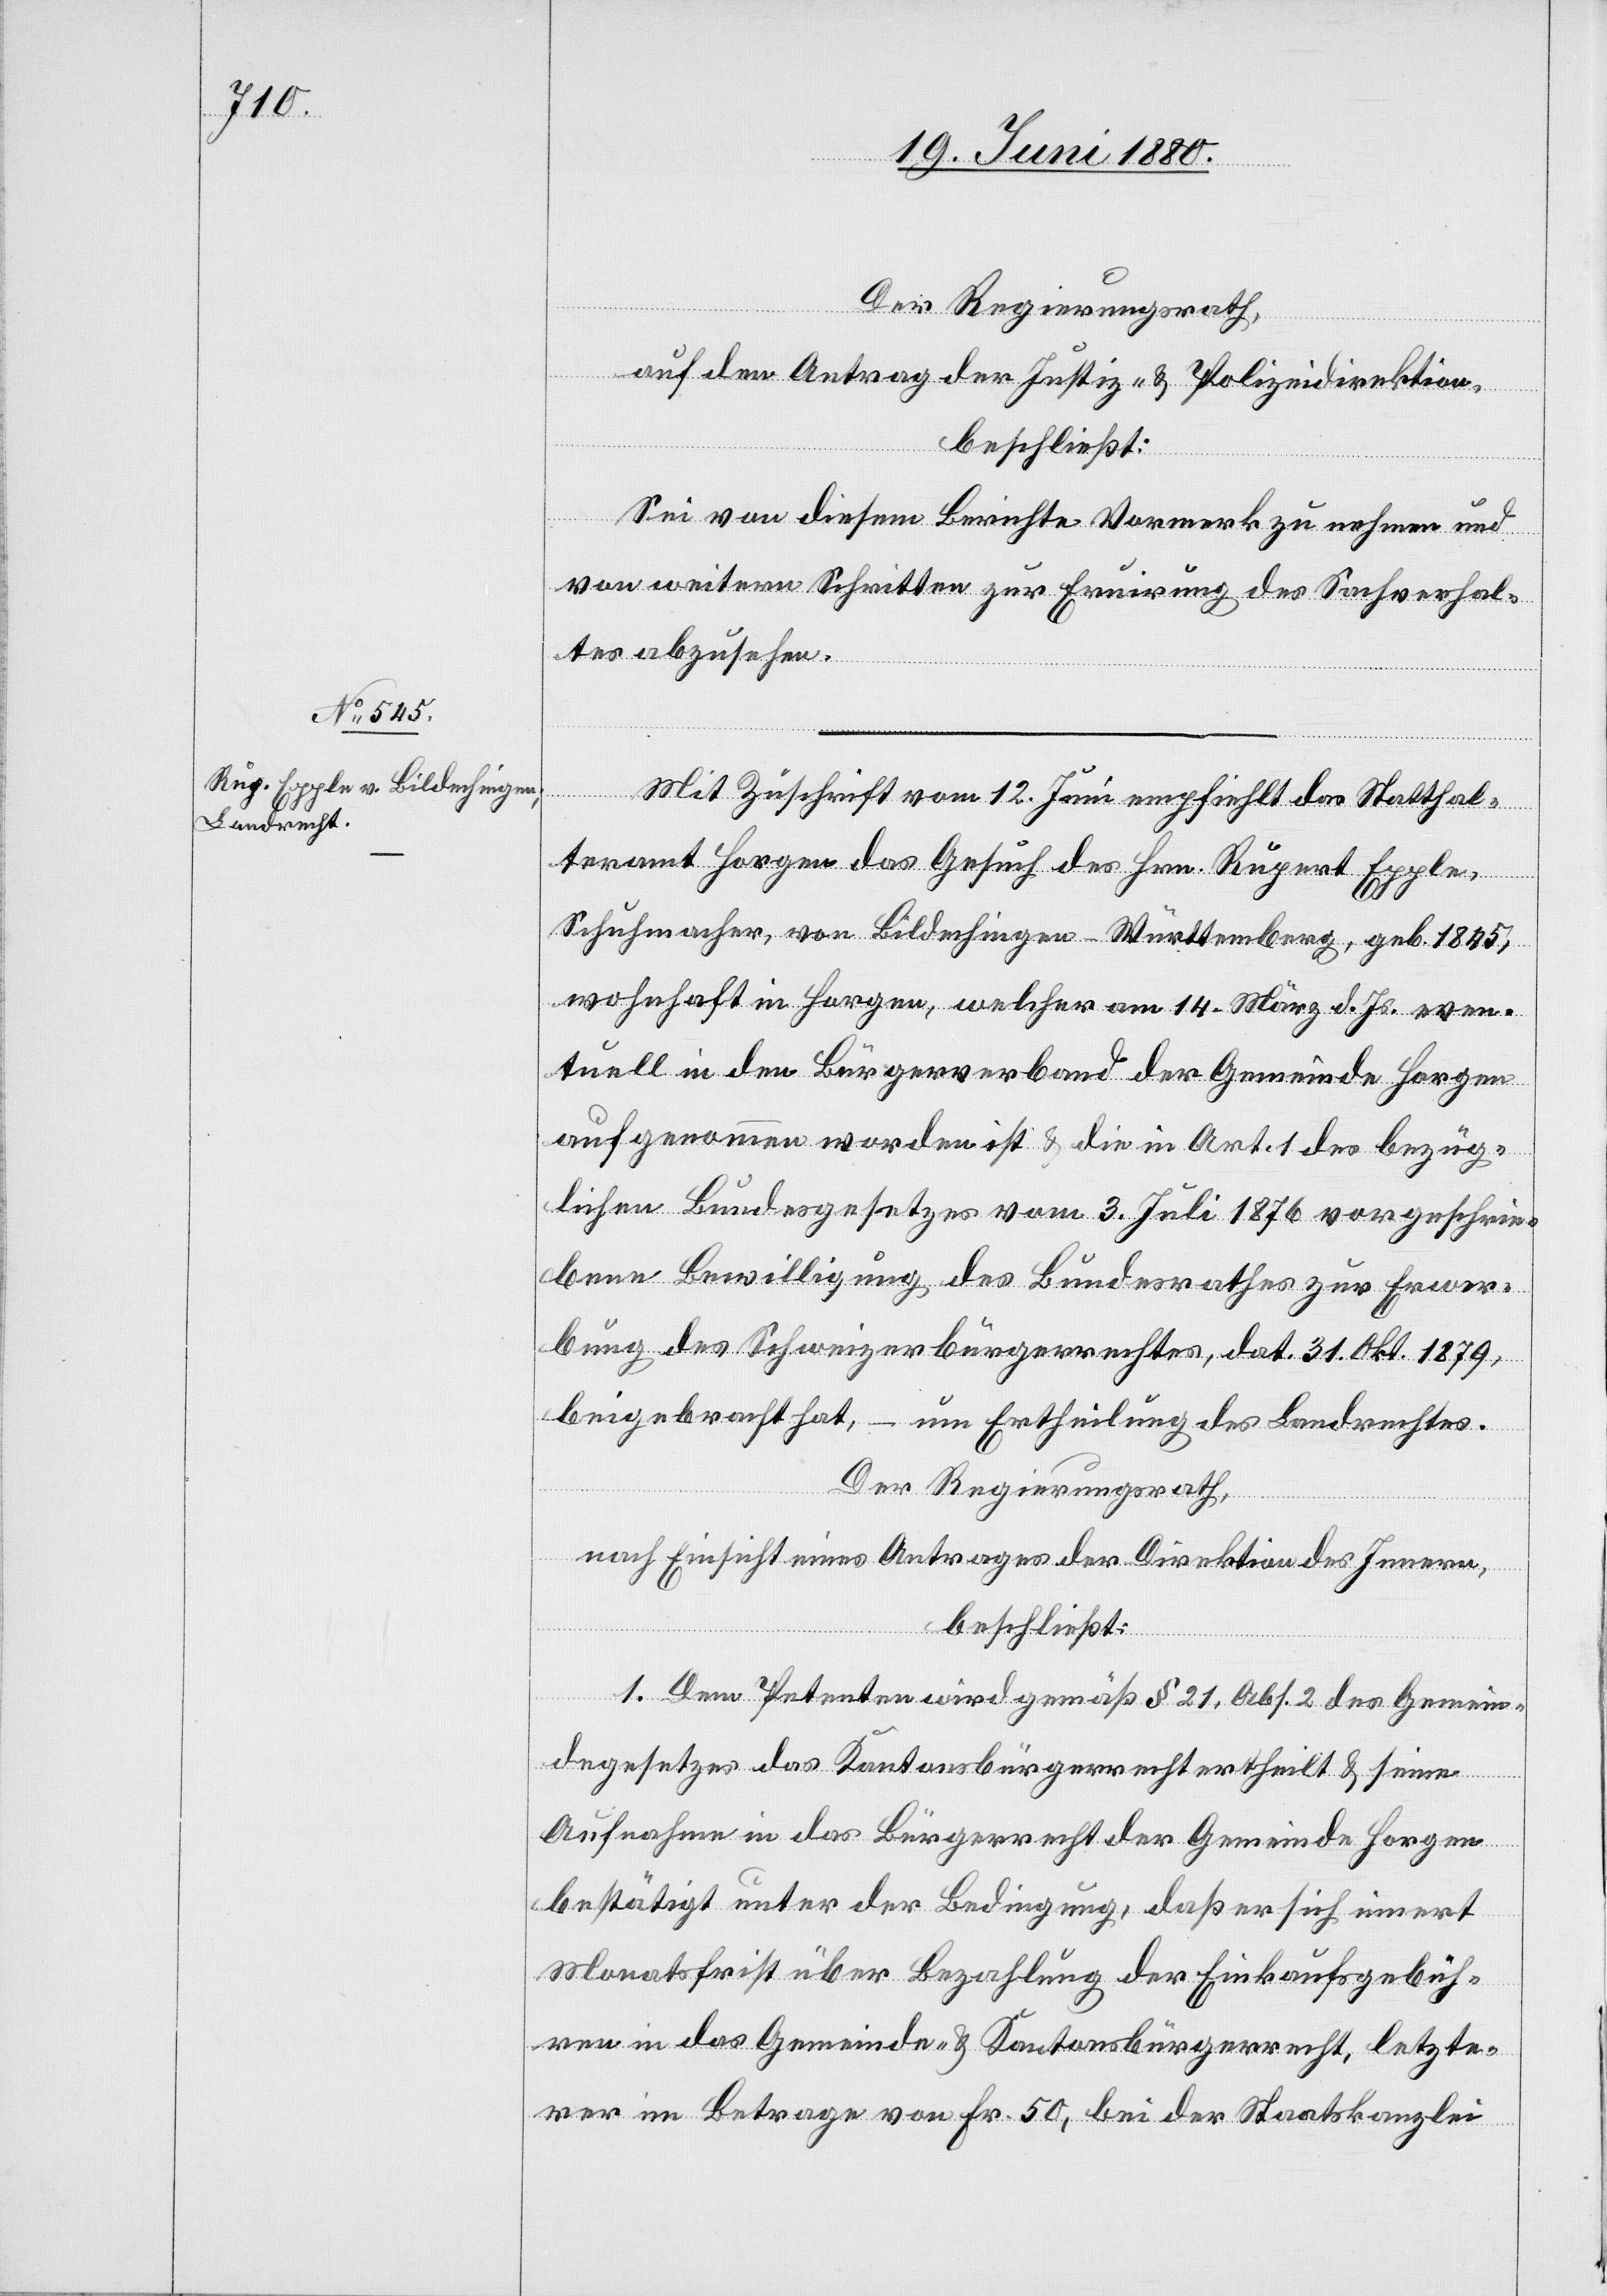
Der Regierungsrath,
auf den Antrag der Justiz- & Polizeidirektion,
beschließt:
das
thal¬
Sei von diesem Berichte Vormerk zu nehmen und
von weitern Schritten zur Eruirung des Sachverhal¬
tes abzusehen.
teramt Horgen das Gesuch des Hrn. Rupert Epple,
Schuhmacher, von Bildenchingen - Württemberg, geb. 1845,
wohnhaft in Horgen, welcher am 14. März d. Js. even¬
tuell in den Bürgerverband der Gemeinde Horgen
aufgenommen worden ist & die in Art. 1 des bezüg¬
lichen Bundesgesetzes vom 3. Juli 1876 vorgeschrie¬
bene Bewilligung des Bundesrathes zur Erwer¬
bung des Schweizerbürgerrechtes, dat. 31. Okt. 1879,
beigebracht hat,
– um Ertheilung des Landrechtes.
Der Regierungsrath;
nach Einsicht eines Antrages der Direktion des Innern,
beschließt:
1. Dem Petenten wird gemäß § 21, Abs. 2 des Gemein¬
degesetzes das Kantonsbürgerrecht ertheilt & seine
Aufnahme in das Bürgerrecht der Gemeinde Horgen
bestätigt unter der Bedingung, daß er sich innert
Monatsfrist über Bezahlung der Einkaufsgebüh¬
ren in das Gemeinde- & Kantonsbürgerrecht, letzte¬
rer im Betrage von Fr. 50, bei der Staatskanzlei